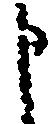
申